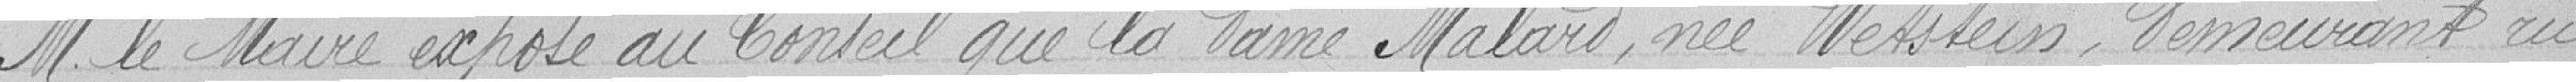
M. le Maire expose au Conseil que la dame Malard, née Wetstein, demeurant rue